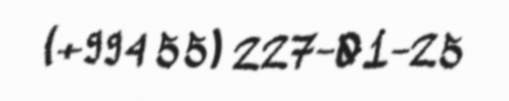
(+994 55) 227-01-25